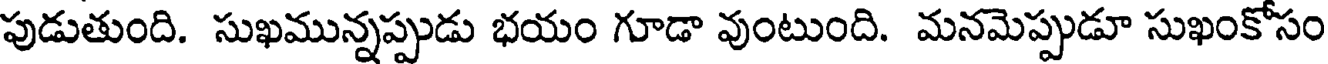
పుడుతుంది. సుఖమున్నప్పుడు భయం గూడా వుంటుంది. మనమెప్పుడూ సుఖంకోసం